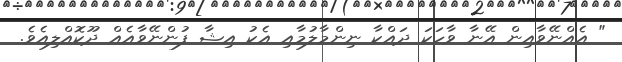
" އެއްނޭވާއިން އޭނާ ވާހަކަ ދައްކާ ނިންމާލުމާއި އެކު އިޝާ ފުންނޭވާއެއް ދޫކޮއްލިއެވެ.